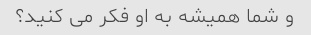
و شما همیشه به او فکر می کنید؟